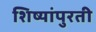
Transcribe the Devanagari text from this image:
शिष्यांपुरती